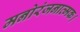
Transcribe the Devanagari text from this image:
मनोरंजनात्मक।